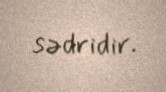
sədridir.